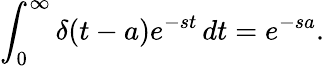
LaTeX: \int_{0}^{\infty}\delta(t-a)e^{-st}\, dt=e^{-sa}.